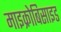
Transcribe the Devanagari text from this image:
माइक्रोबिसाइड